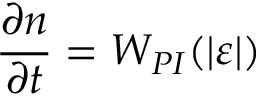
\frac { \partial n } { \partial t } = W _ { P I } ( | \varepsilon | )